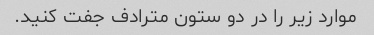
موارد زیر را در دو ستون مترادف جفت کنید.